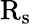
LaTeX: \mathrm{R_{s}}